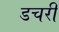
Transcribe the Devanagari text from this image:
डचरी